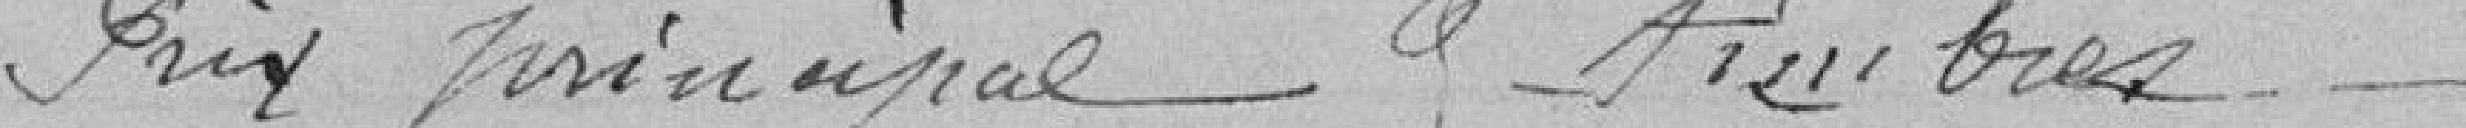
Prix principale de timbre